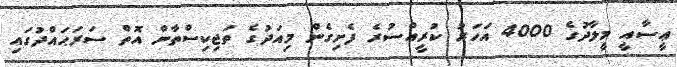
ޢީސާއީ މީލާދުގެ 4000 އަހަރު ކުރީއްސުރެ ފެށިގެން މިއަދުގެ ތަޖިކިސްތާން އޮތް ސަރަޙައްދުގައި